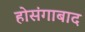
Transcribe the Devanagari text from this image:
होसंगाबाद